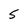
Character: 5